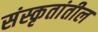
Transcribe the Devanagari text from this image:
संस्कृतांतील